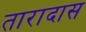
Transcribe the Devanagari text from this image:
तारादास